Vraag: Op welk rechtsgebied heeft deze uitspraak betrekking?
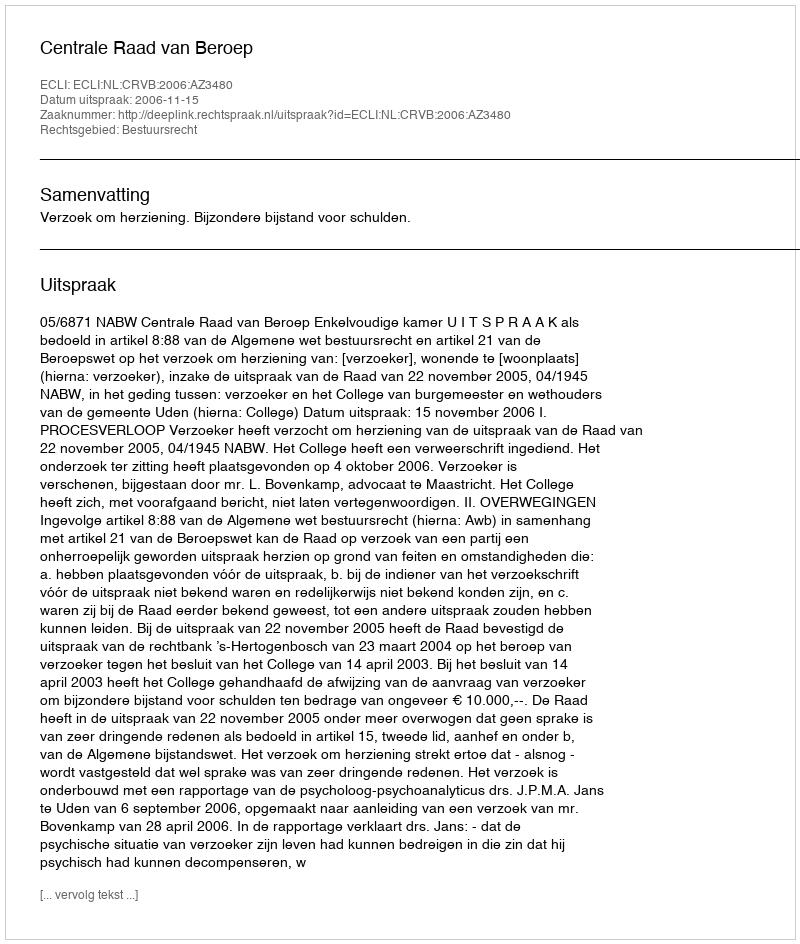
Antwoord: Bestuursrecht